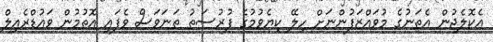
އެކޮލެޖުން އެތަނުގެ މުވައްޒަފުންނަށް ހިލޭ ކިޔެވުމުގެ ފުރުސަތު ތަނަވަސް ވެފައި އޮތުމުން ވައުޑްރެއިލް